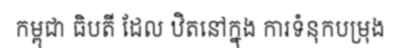
កម្ពុជា ធិបតី ដែល ឋិតនៅក្នុង ការទំនុកបម្រុង